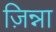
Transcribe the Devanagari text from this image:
ज़िन्ना